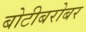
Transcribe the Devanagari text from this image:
बोटीबरोबर